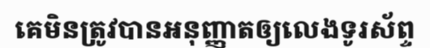
គេមិនត្រូវបានអនុញ្ញាតឲ្យលេងទូរស័ព្ទ